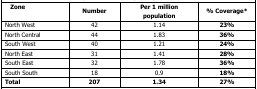
<table><thead><tr><td><b>Zone</b></td><td><b>Number</b></td><td><b>Per 1 million population</b></td><td><b>% Coverage*</b></td></tr></thead><tbody><tr><td>North West</td><td>42</td><td>1.14</td><td><b>23%</b></td></tr><tr><td>North Central</td><td>44</td><td>1.83</td><td><b>36%</b></td></tr><tr><td>South West</td><td>40</td><td>1.21</td><td><b>24%</b></td></tr><tr><td>North East</td><td>31</td><td>1.41</td><td><b>28%</b></td></tr><tr><td>South East</td><td>32</td><td>1.78</td><td><b>36%</b></td></tr><tr><td>South South</td><td>18</td><td>0.9</td><td><b>18%</b></td></tr><tr><td><b>Total</b></td><td><b>207</b></td><td><b>1.34</b></td><td><b>27%</b></td></tr></tbody></table>